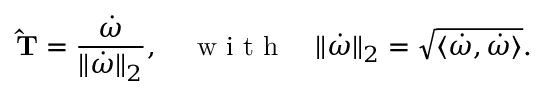
\mathbf { \hat { T } } = \frac { \boldsymbol { \dot { \omega } } } { \| \boldsymbol { \dot { \omega } } \| _ { 2 } } , \quad \textrm { w i t h } \quad \| \boldsymbol { \dot { \omega } } \| _ { 2 } = \sqrt { \langle \boldsymbol { \dot { \omega } } , \boldsymbol { \dot { \omega } } \rangle } .